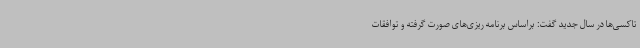
تاکسی‌ها در سال جدید گفت: براساس برنامه ریزی‌های صورت گرفته و توافقات